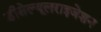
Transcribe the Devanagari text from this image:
डीसेल्यूलराइजेशन